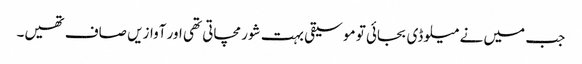
جب میں نے میلوڈی بجائی تو موسیقی بہت شور مچاتی تھی اور آوازیں صاف تھیں۔